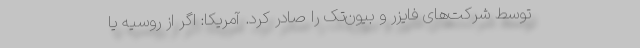
توسط شرکت‌های فایزر و بیون‌تک را صادر کرد. آمریکا: اگر از روسیه یا